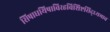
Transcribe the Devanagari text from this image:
सिषाधयिषाविरहविशिष्टसिद्ध्यभाव